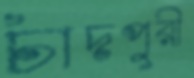
চাঁদপুরী